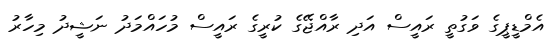
އެމްޑީޕީގެ ވަގުތީ ރައީސް އަދި ރާއްޖޭގެ ކުރީގެ ރައީސް މުހައްމަދު ނަޝީދު މިހާރު